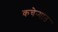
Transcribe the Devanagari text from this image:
कचेर्‍यात